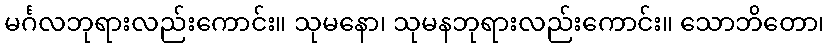
မင်္ဂလဘုရားလည်းကောင်း။ သုမနော၊ သုမနဘုရားလည်းကောင်း။ သောဘိတော၊